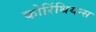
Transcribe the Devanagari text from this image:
कोरिंथियन्स